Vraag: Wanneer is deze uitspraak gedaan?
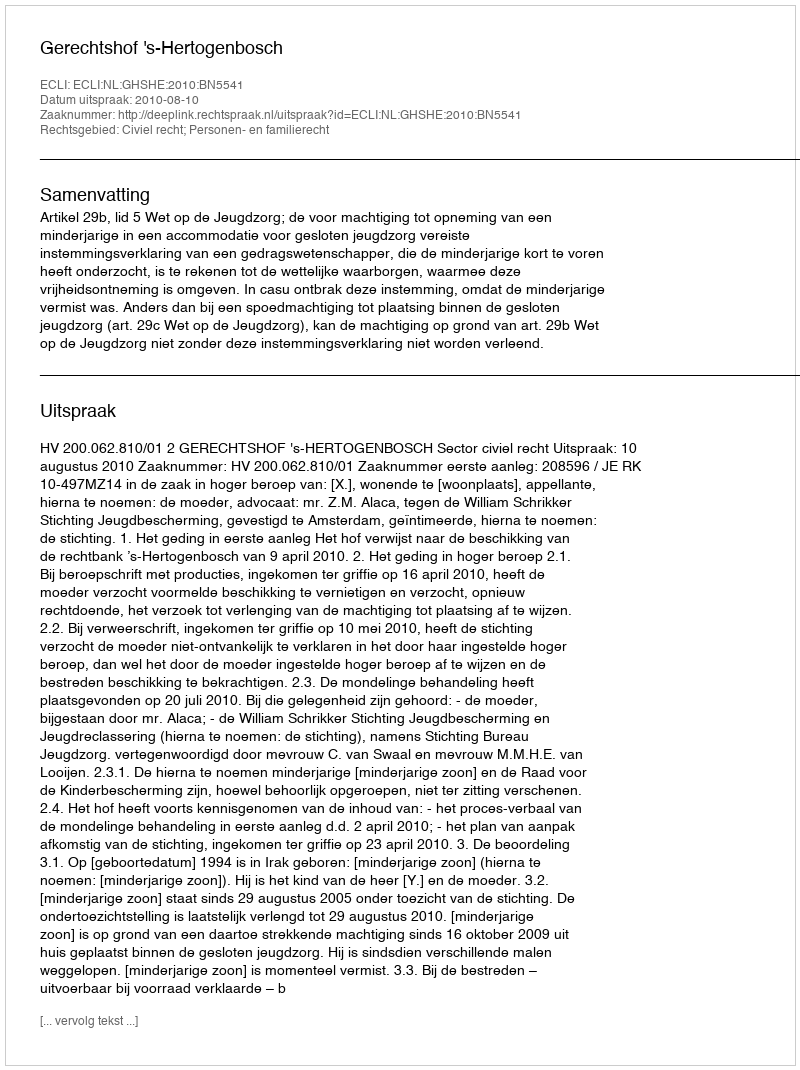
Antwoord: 2010-08-10